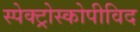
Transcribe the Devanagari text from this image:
स्पेक्ट्रोस्कोपीविद